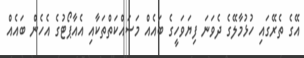
އޭގެ ތެރޭގައި ހުޅުމާލޭގެ ދެވަނަ ފިޔަވަހީގެ ބައެއް މަސައްކަތްތަކާއި އެއާޕޯޓުގެ އެހެން ބައެއް